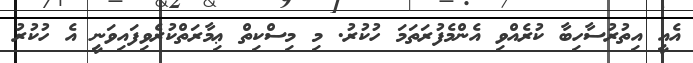
އެއީ އިތުރުސާހިބާ ކުރެއްވި އެންމެފުރަތަމަ ހުކުރު. މި މިސްކިތް ޢިމާރަތްކުރެވިފައިވަނީ އެ ހުކުރު